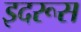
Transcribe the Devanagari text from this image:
इदरूस